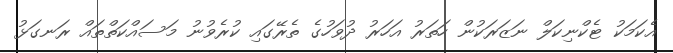
އެކަމަކު ޓެކްނިކަލް ނަޒަރަކުން ހަތަރު އަހަރު ދުވަހުގެ ތެރޭގައި ކުރެވުނު މަސައްކަތްތައް ރަނގަޅު